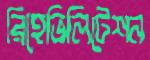
রিহেভিলিটেশন